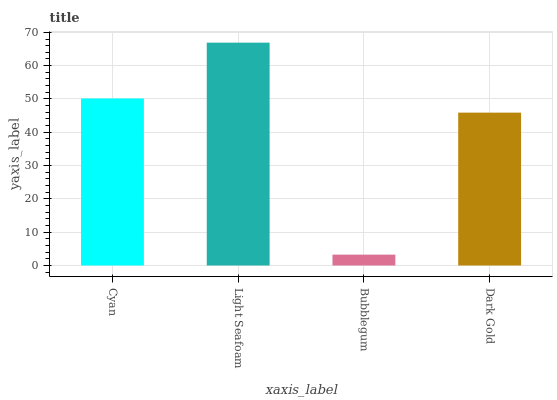
| xaxis_label | bars |
 | --- | --- |
 | Cyan | 50.1 |
 | Light Seafoam | 66.9 |
 | Bubblegum | 3.26 |
 | Dark Gold | 45.9 |